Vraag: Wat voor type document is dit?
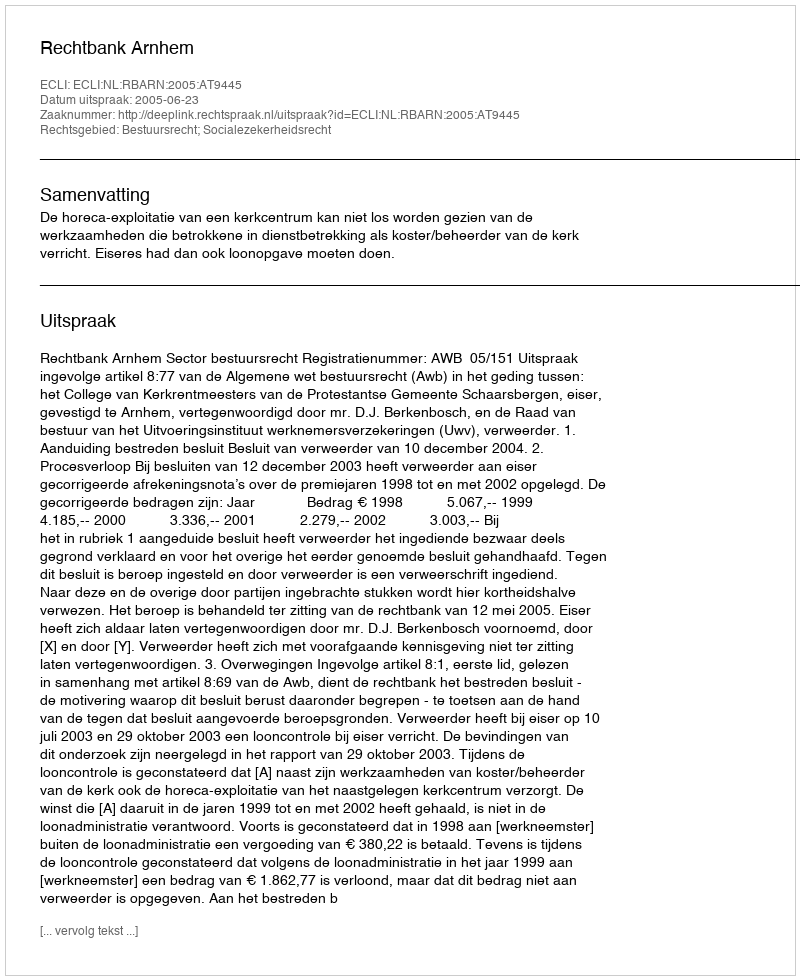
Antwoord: Uitspraak